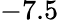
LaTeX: -7.5